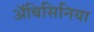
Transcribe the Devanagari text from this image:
अॅबिसिनिया